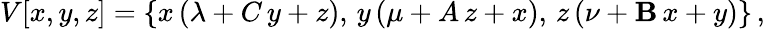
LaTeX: V[x,y,z]=\{ x\, (\lambda+C\, y+z),\, y\, (\mu+A\, z+x),\, z\, (\nu+\mathbf{B}\, x+y)\} \, ,